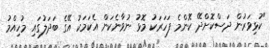
"ކުޅިވަރުން ދަސްކޮށްދޭ ކޮންމެ ފަހަރަކު މޮޅު ނުވާނެކަން އެކަމަކު އޭގެ ބަދަލުގައި މުހިއްމު